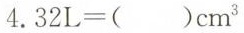
$$4 . 3 2 L = () c m^{3}$$